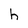
Character: h